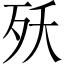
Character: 殀